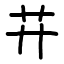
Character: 𦬇